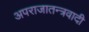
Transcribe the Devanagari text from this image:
अपराजातन्त्रवादी